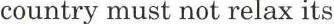
country must not relax its